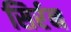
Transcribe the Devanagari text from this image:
सिर्रन